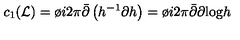
c _ { 1 } ( { \cal L } ) = \o { i } { 2 \pi } { \bar { \partial } } \left( h ^ { - 1 } \partial h \right) = \o { i } { 2 \pi } { \bar { \partial } } \partial \mathrm { l o g } h